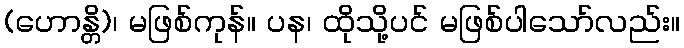
(ဟောန္တိ)၊ မဖြစ်ကုန်။ ပန၊ ထိုသို့ပင် မဖြစ်ပါသော်လည်း။